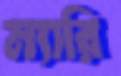
ম্যারি